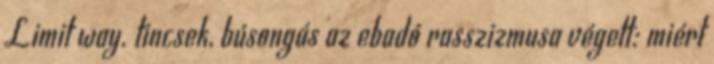
Limit way. tincsek, búsongás az ebadó rasszizmusa végett: miért